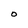
Character: O